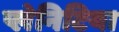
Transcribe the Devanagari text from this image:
प्लेनिटिया